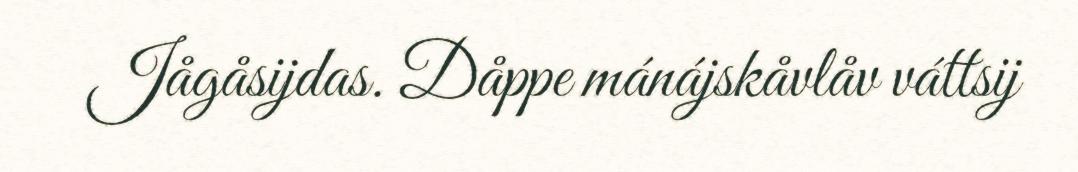
Jågåsijdas. Dåppe mánájskåvlåv váttsij